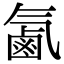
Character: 㲶